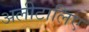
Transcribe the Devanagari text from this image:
अलीटालिए